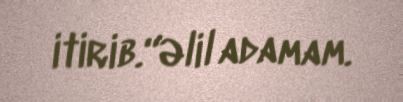
itirib.“Əlil adamam.